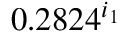
0 . 2 8 2 4 ^ { i _ { 1 } }